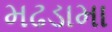
મઢડામા